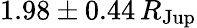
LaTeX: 1.98\pm 0.44\, R_{\mathrm{Jup}}